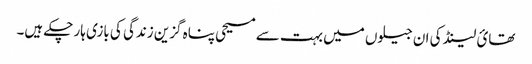
تھائ لینڈ کی ان جیلوں میں بہت سے مسیحی پناہ گزین زندگی کی بازی ہار چکے ہیں۔